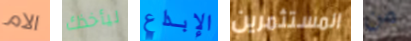
الام ليأخذك الإبداع المستثمرين من